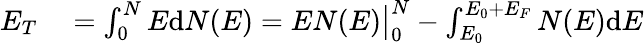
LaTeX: \begin{array}{rl}{E_{T}}&{{}=\int_{0}^{N}E\mathrm{d}N(E)=EN(E){\big|}_{0}^{N}-\int_{E_{0}}^{E_{0}+E_{F}}N(E)\mathrm{d}E}\end{array}